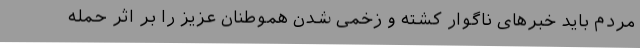
مردم باید خبرهای ناگوار کشته و زخمی شدن هموطنان عزیز را بر اثر حمله